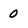
Character: 0